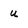
Character: u